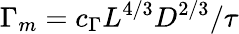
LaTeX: \Gamma_{m}=c_{\Gamma}L^{4/3}D^{2/3}/\tau